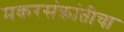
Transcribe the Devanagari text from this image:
मकरसंक्रांतीचा